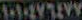
١٠١٠٤٧٦٤٧٧